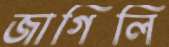
জাগিলি